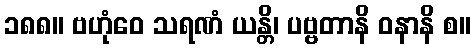
၁၈၈။ ဗဟုံဝေ သရဏံ ယန္တိ၊ ပဗ္ဗတာနိ ဝနာနိ စ။